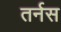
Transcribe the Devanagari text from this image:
तर्नस